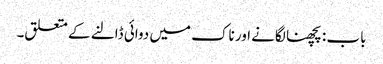
باب : پچھنا لگانے اور ناک میں دوائی ڈالنے کے متعلق۔